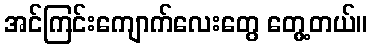
အင်ကြင်းကျောက်လေးတွေ တွေ့တယ်။